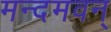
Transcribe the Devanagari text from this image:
मन्दमवन्